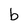
Character: b